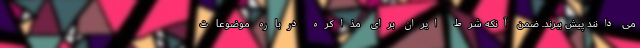
می دانند پیش ببرند. ضمن آنکه شرط ایران برای مذاکره درباره موضوعات